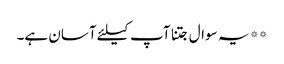
** یہ سوال جتنا آپ کیلئے آسان ہے۔